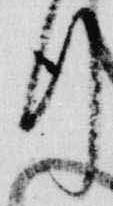
行